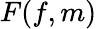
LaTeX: F(f,m)